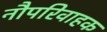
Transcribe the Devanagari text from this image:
नौपरिवाहक